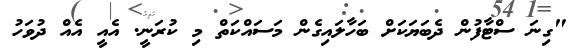
"ގިނަ ސްޓާފުން ދެބަޔަކަށް ބަހާލައިގެން މަސައްކަތް މި ކުރަނީ. އެއީ އެއް ދުވަހު